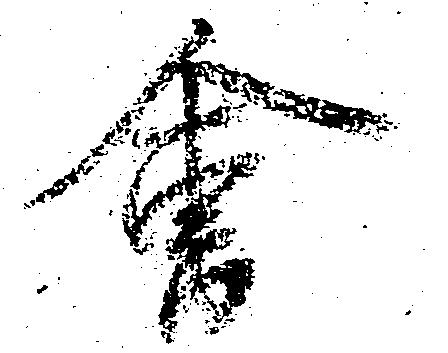
会